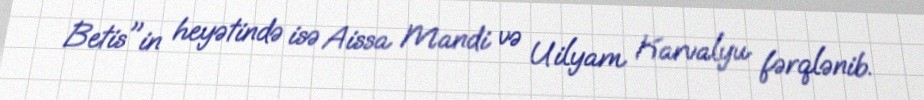
Betis"in heyətində isə Aissa Mandi və Uilyam Karvalyu fərqlənib.